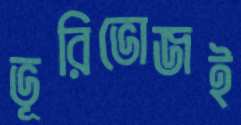
ভূরিভোজই